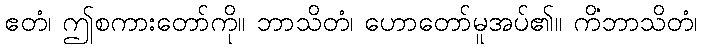
ဧတံ၊ ဤစကားတော်ကို။ ဘာသိတံ၊ ဟောတော်မူအပ်၏။ ကိံဘာသိတံ၊